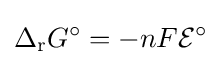
\Delta _{\text{r}}G^{\circ }=-nF{\mathcal {E}}^{\circ }